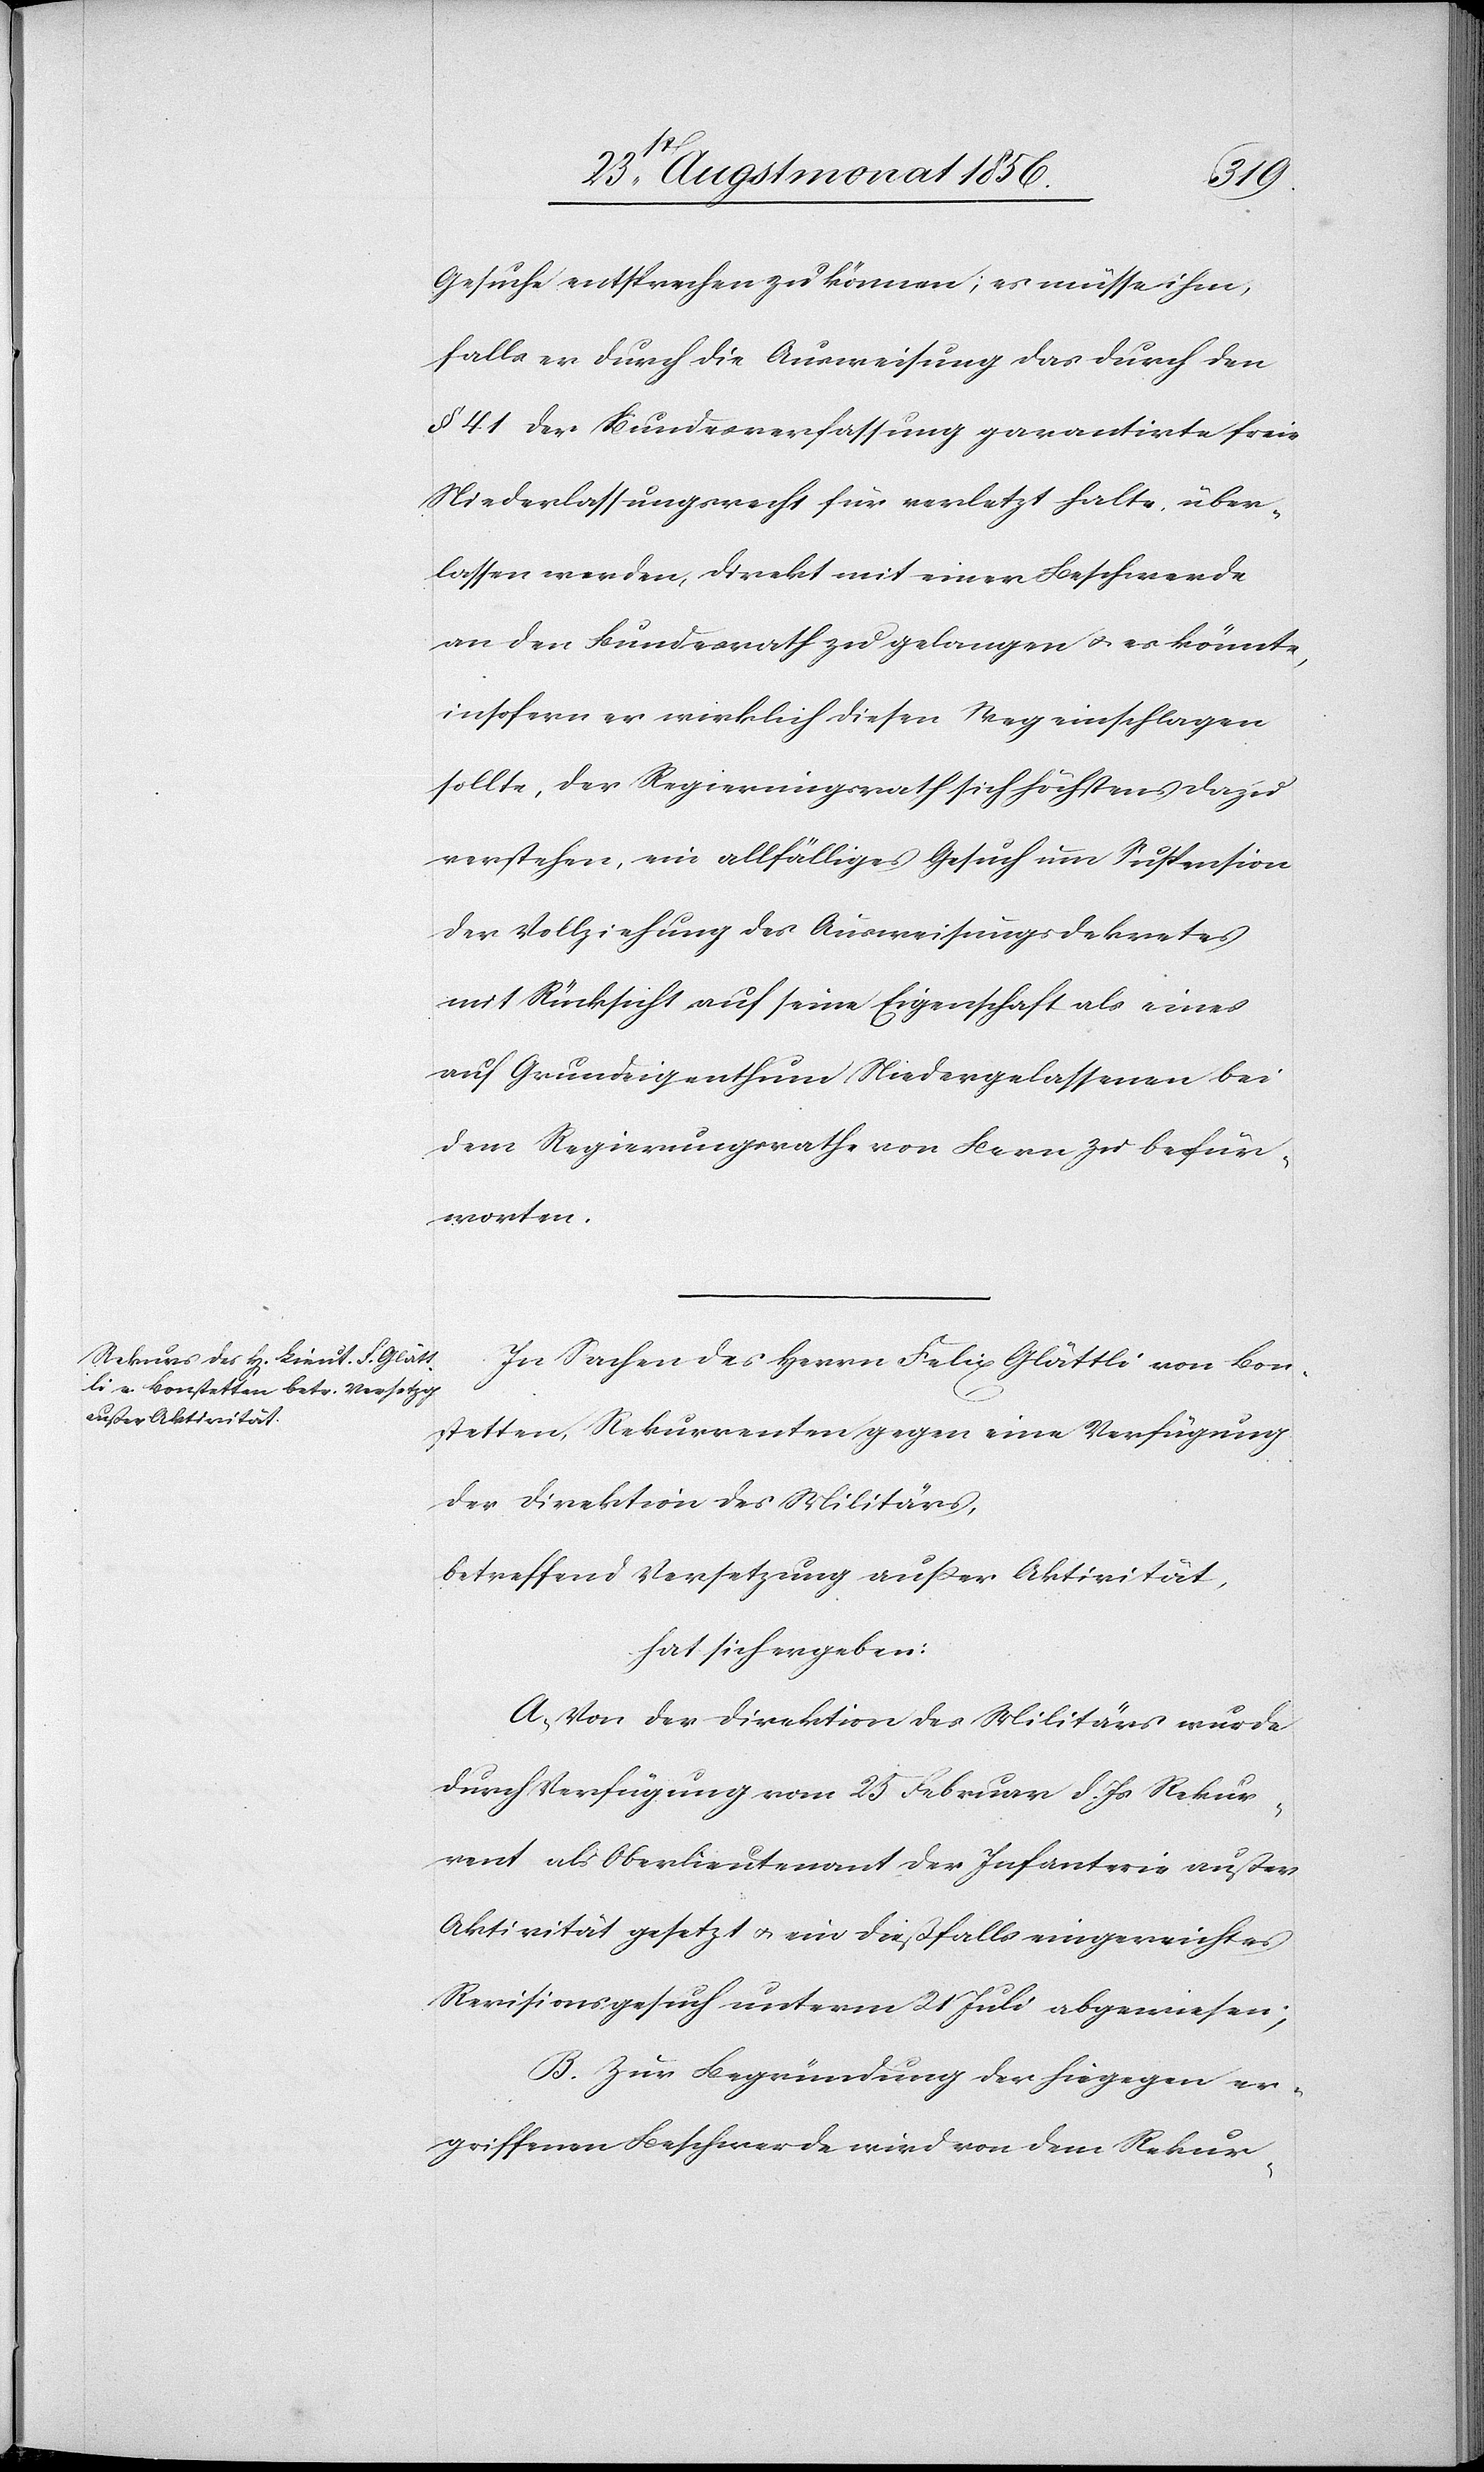
Gesuche entsprechen zu können; es müsse ihm,
falls er durch die Ausweisung das durch den
§ 41 der Bundesverfassung garantirte freie
Niederlassungsrecht für verletzt halte, über¬
lassen werden, direkt mit einer Beschwerde
an den Bundesrath zu gelangen u. es könnte,
insofern er wirklich diesen Weg einschlagen
sollte, der Regierungsrath sich höchstens dazu
verstehen, ein allfälliges Gesuch um Suspension
der Vollziehung des Ausweisungsdekretes
mit Rücksicht auf seine Eigenschaft als eines
auf Grundeigenthum Niedergelassenen bei
dem Regierungsrathe von Bern zu befür¬
worten.
In Sachen des Herrn Felix Glättli von Bon¬
stetten, Rekurrenten gegen eine Verfügung
der Direktion des Militärs,
betreffend Versetzung ausser Aktivität,
hat sich ergeben:
A.) Von der Direktion des Militärs wurde
durch Verfügung vom 25 Februar d. Js Rekur¬
rent als Oberlieutenant der Infanterie außer
Aktivität gesetzt u. ein dießfalls eingereichtes
Revisionsgesuch unterm 21 Juli abgewiesen;
B.) Zur Begründung der hiegegen er¬
griffenen Beschwerde wird von dem Rekur-